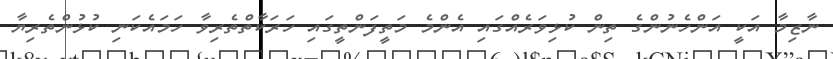
ނާޒިމާ އަކީ އަންހެނުންގެ ތިން ކުޅިވަރެއްގައި އެންމެ މަތީފަންތީގައި ހަރަކާތްތެރިވާ ހަމައެކަނި ކުޅުންތެރިޔާ